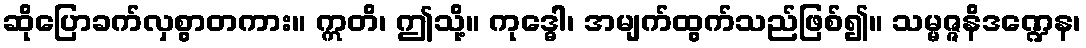
ဆိုပြောခက်လှစွာတကား။ ဣတိ၊ ဤသို့။ ကုဒ္ဓေါ၊ အမျက်ထွက်သည်ဖြစ်၍။ သမ္မဇ္ဇနိဒဏ္ဍေန၊